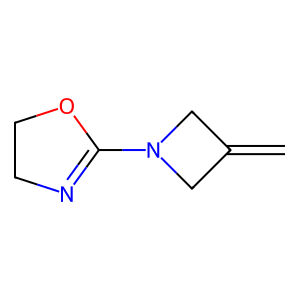
SMILES: C=C1CN(C2=NCCO2)C1
Inhibits HIV replication: No